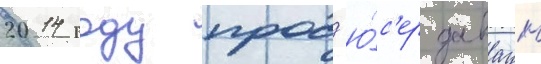
2014 году прод'ю́с'ер даваун